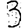
Digit: 3